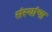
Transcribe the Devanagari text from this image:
संस्‍थांचा